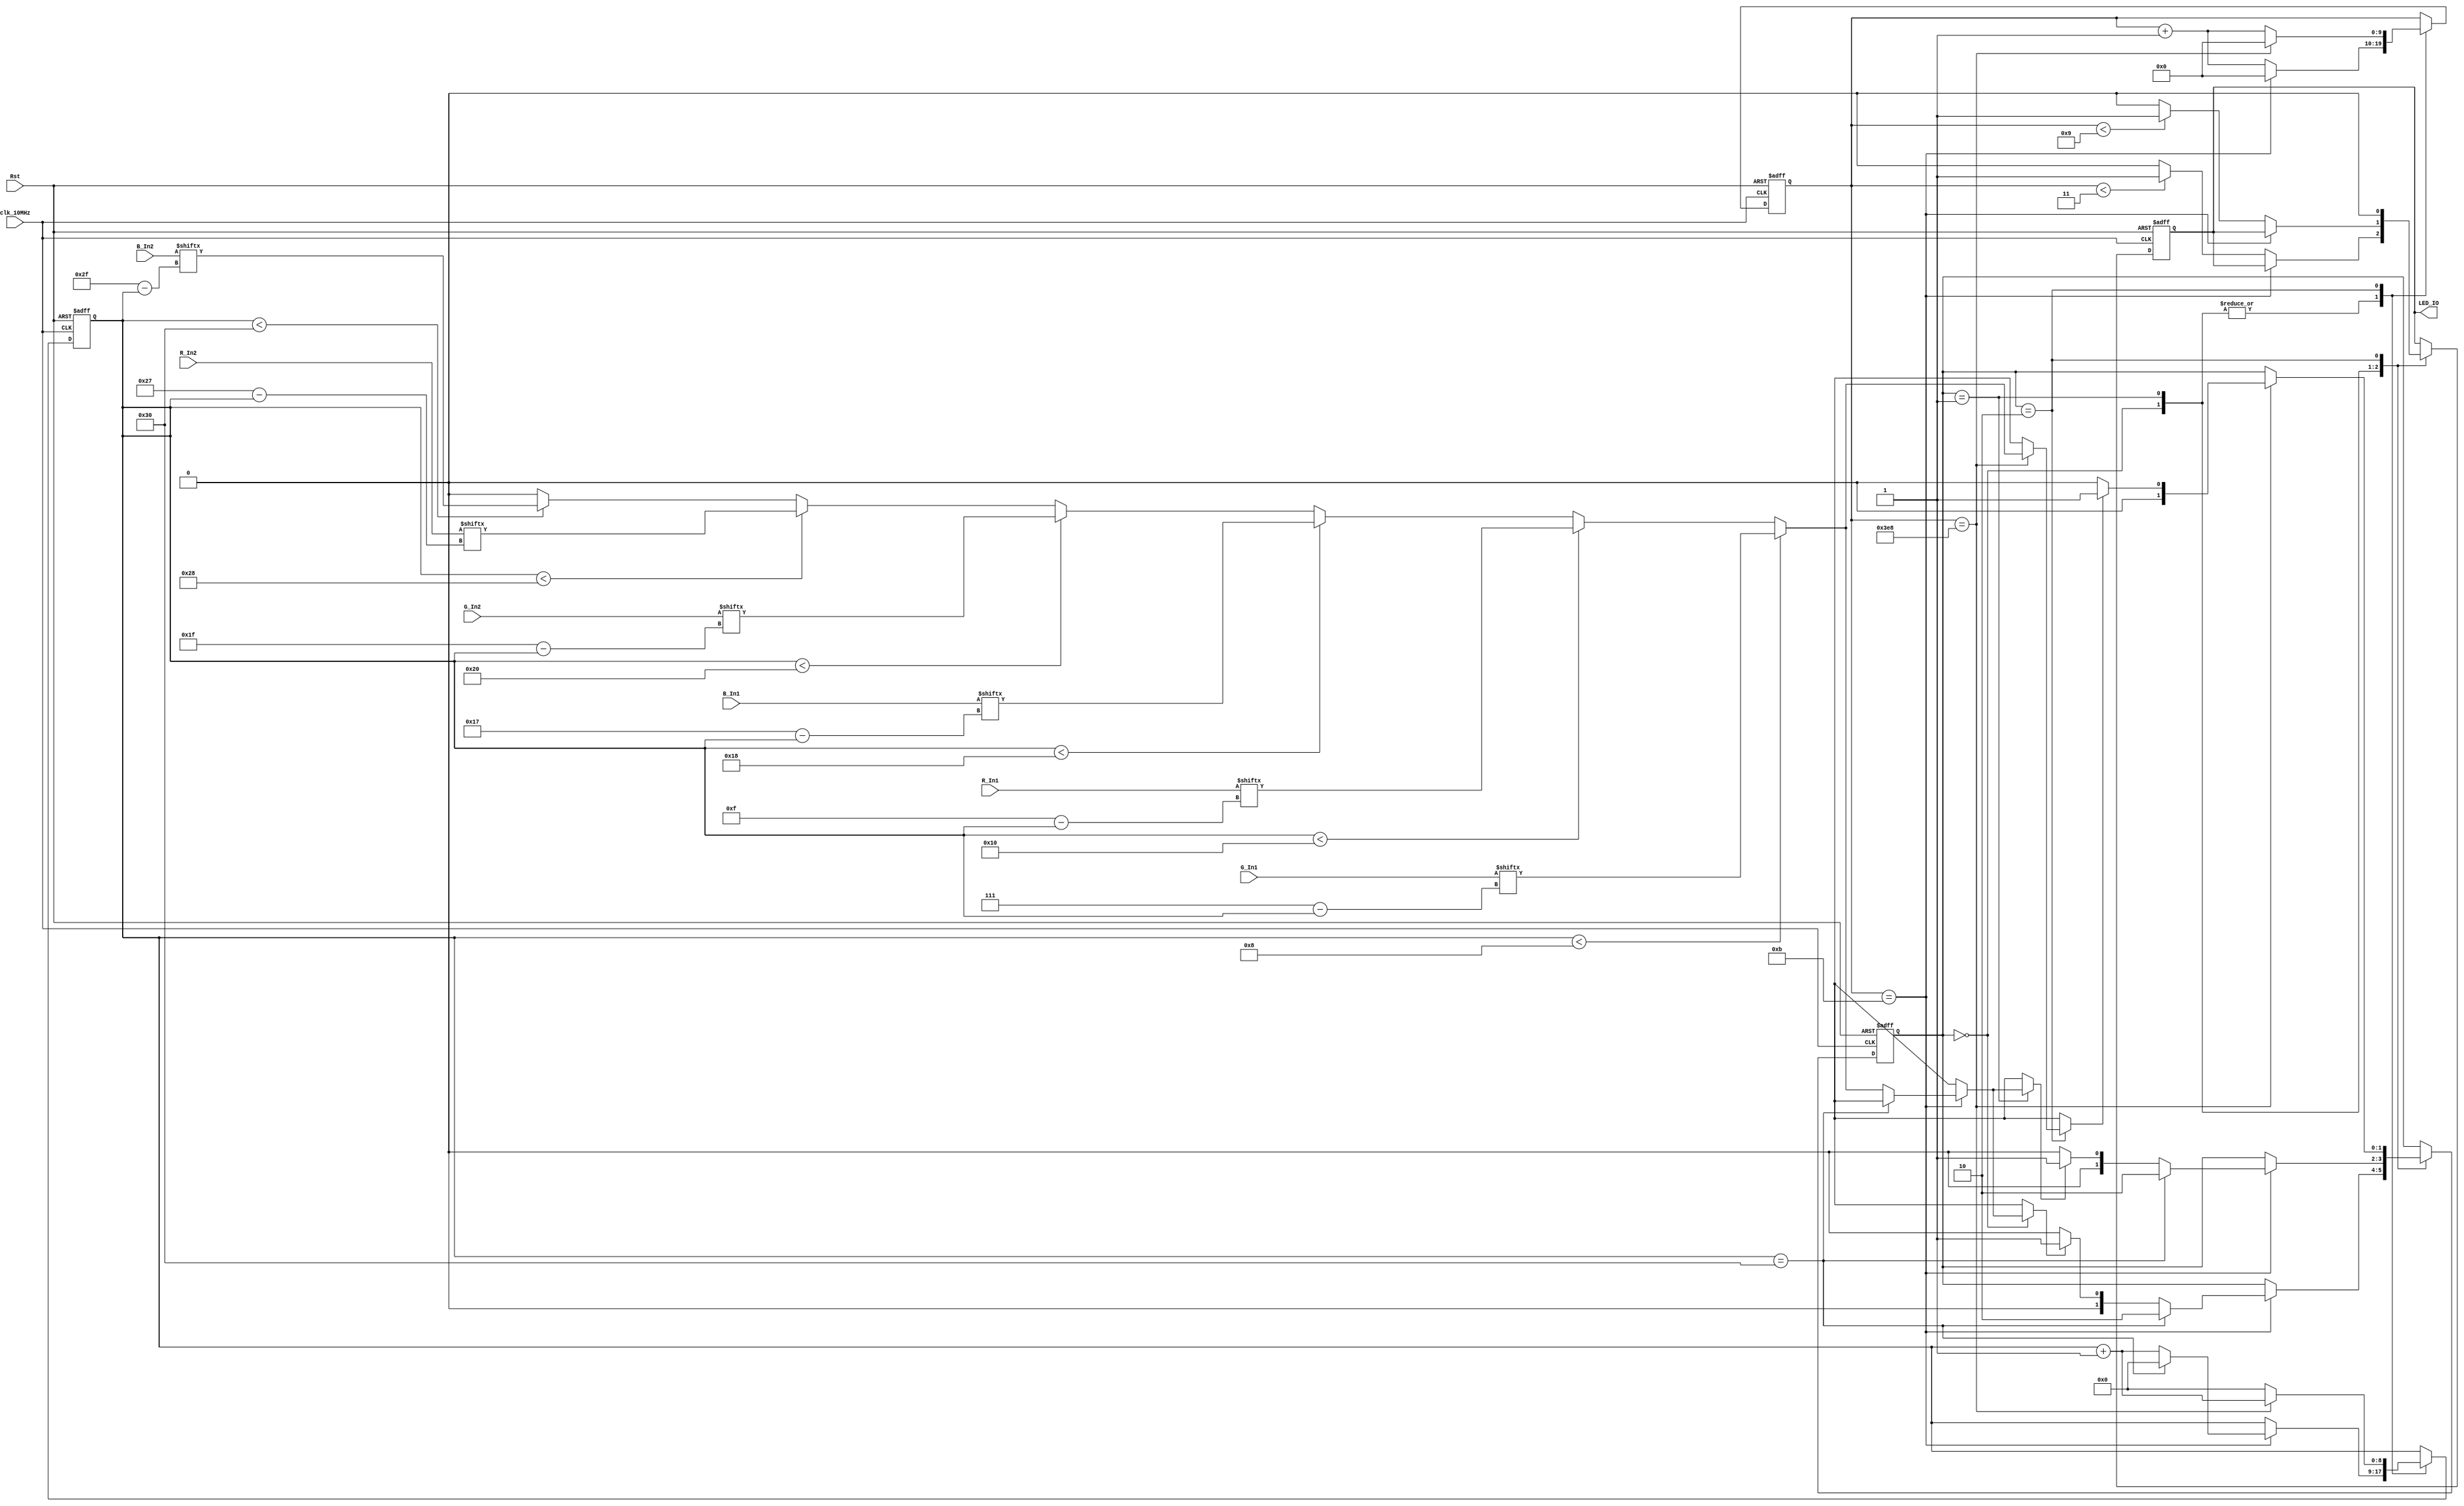
`timescale 1ns / 1ps
//////////////////////////////////////////////////////////////////////////////////
// Company: 
// Engineer: 
// 
// Design Name: 
// Module Name: Driver_SK6805
// Project Name: 
// Target Devices: 
// Tool Versions: 
// Description: 
// 
// Dependencies: 
// 
// Revision:
// Revision 0.01 - File Created
// Additional Comments:
// 
//////////////////////////////////////////////////////////////////////////////////

//
`define State_Division  2'h2            //
`define State_Send_0    2'h0            //0
`define State_Send_1    2'h1            //1

//RGB,SK6805RGB.
//1.2kHz,25%0,75%1
//RGB8,G[7]G[6]...G[0]R[7]R[6]...R[0]B[7]B[6]...B[0],24bit
//SK6805RGB,,
//RGB
//RGBLED24*3bit,24*2bit,24bit.
//(),80us,.
//,RGB,,RGB(48bit)
module Driver_SK6805(
    input [7:0]R_In1,
    input [7:0]G_In1,
    input [7:0]B_In1,
    input [7:0]R_In2,
    input [7:0]G_In2,
    input [7:0]B_In2,
    input clk_10MHz,
    input Rst,
    output reg LED_IO
    );
    
    //1.2kHz,10MHz,10kHz(),12
    parameter Period_Send=12;
    parameter Division_Factor=1000;
    //RGB
    parameter RGB_All_Bit=48;
    //0,1
    parameter CODE_High_0=3;
    parameter CODE_High_1=9;
    
    //
    reg [1:0]Send_State=0;
    
    //
    reg [9:0]Send_Cnt=0;
    
    //
    reg [8:0]Data_Cnt=0;
    
    //
    function [0:0]RGB_Bit;
        input [8:0]Cnt;
        input [7:0]R1;
        input [7:0]G1;
        input [7:0]B1;
        input [7:0]R2;
        input [7:0]G2;
        input [7:0]B2;
        
        begin
            if(Cnt<8)
                RGB_Bit=G1[7-Cnt];
            else if(Cnt<16)
                RGB_Bit=R1[15-Cnt];
            else if(Cnt<24)
                RGB_Bit=B1[23-Cnt];
            else if(Cnt<32)
                RGB_Bit=G2[31-Cnt];
            else if(Cnt<40)
                RGB_Bit=R2[39-Cnt];
            else if(Cnt<48)
                RGB_Bit=B2[47-Cnt];       
            else 
                RGB_Bit=0;
        end
    endfunction
    
    always@(posedge clk_10MHz or negedge Rst)
        begin
            //
            if(!Rst)
                begin
                    Send_Cnt<=0;
                    Data_Cnt<=0;
                    Send_State<=0;
                    LED_IO<=1'b0;
                end
            else
                case(Send_State)
                    `State_Send_0:
                        begin
                            //,
                            if(Send_Cnt==Period_Send-1)
                                begin
                                    //RGB,,
                                    if(Data_Cnt==RGB_All_Bit)
                                        begin
                                            Send_State<=`State_Division;
                                            Data_Cnt<=0;
                                        end
                                    //RGB,1,+1
                                    else if(RGB_Bit(Data_Cnt,R_In1,G_In1,B_In1,R_In2,G_In2,B_In2))
                                        begin
                                            Send_State<=`State_Send_1;
                                            Data_Cnt<=Data_Cnt+1;
                                        end
                                    //RGB,0,+1
                                    else
                                        begin
                                            Send_State<=`State_Send_0;
                                            Data_Cnt<=Data_Cnt+1;
                                        end
                                    Send_Cnt<=0;
                                end
                            //,0,
                            else if(Send_Cnt<CODE_High_0)
                                begin
                                    LED_IO<=1'b1;
                                    Send_Cnt<=Send_Cnt+1;
                                end
                            //,0
                            else 
                                begin
                                    LED_IO<=1'b0;
                                    Send_Cnt<=Send_Cnt+1;
                                end
                        end
                    `State_Send_1:
                        begin
                            //,
                            if(Send_Cnt==Period_Send-1)
                                begin
                                    //RGB,,
                                    if(Data_Cnt==RGB_All_Bit)
                                        begin
                                            Send_State<=`State_Division;
                                            Data_Cnt<=0;
                                        end
                                    //RGB,1,+1
                                    else if(RGB_Bit(Data_Cnt,R_In1,G_In1,B_In1,R_In2,G_In2,B_In2))
                                        begin
                                            Send_State<=`State_Send_1;
                                            Data_Cnt<=Data_Cnt+1;
                                        end
                                    //RGB,0,+1
                                    else
                                        begin
                                            Send_State<=`State_Send_0;
                                            Data_Cnt<=Data_Cnt+1;
                                        end
                                    Send_Cnt<=0;
                                end
                            //,1,
                            else if(Send_Cnt<CODE_High_1)
                                begin
                                    LED_IO<=1'b1;
                                    Send_Cnt<=Send_Cnt+1;
                                end
                            //,1
                            else 
                                begin
                                    LED_IO<=1'b0;
                                    Send_Cnt<=Send_Cnt+1;
                                end
                        end
                    `State_Division:
                        begin
                            //,,
                            if(Send_Cnt==Division_Factor)
                                begin
                                    //RGB,1,+1
                                    if(RGB_Bit(Data_Cnt,R_In1,G_In1,B_In1,R_In2,G_In2,B_In2))
                                        begin
                                            Send_State<=`State_Send_1;
                                            Data_Cnt<=Data_Cnt+1;
                                        end
                                    //RGB,0,+1
                                    else
                                        begin
                                            Send_State<=`State_Send_0;
                                            Data_Cnt<=Data_Cnt+1;
                                        end
                                    Send_Cnt<=0;
                                end
                            else
                                begin
                                    Send_Cnt<=Send_Cnt+1;
                                    Data_Cnt<=0;
                                end
                            LED_IO<=1'b0;
                        end
                endcase
        end
endmodule